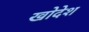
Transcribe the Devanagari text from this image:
खोदेश